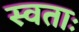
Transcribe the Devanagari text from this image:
स्वताः